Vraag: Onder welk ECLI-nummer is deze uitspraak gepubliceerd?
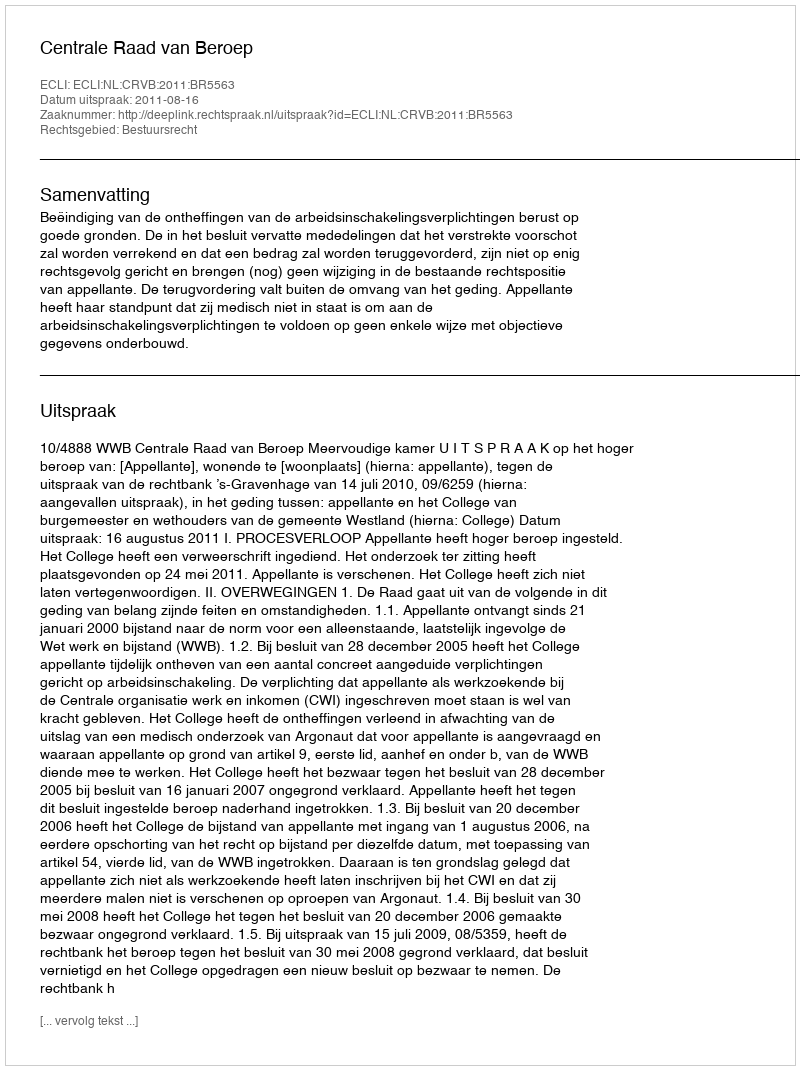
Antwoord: ECLI:NL:CRVB:2011:BR5563